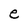
Character: e